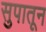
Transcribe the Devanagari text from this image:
सुपातून